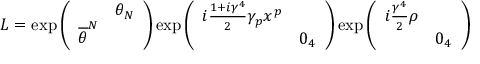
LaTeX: L = \exp \left( \begin{array} { c c } { { } } & { { \theta _ { N } } } \\ { { \overline { { { \theta } } } ^ { N } } } & { { } } \end{array} \right) \exp \left( \begin{array} { c c } { { i \frac { 1 + i \gamma ^ { 4 } } { 2 } \gamma _ { p } x ^ { p } } } & { { } } \\ { { } } & { { 0 _ { 4 } } } \end{array} \right) \exp \left( \begin{array} { c c } { { i \frac { \gamma ^ { 4 } } { 2 } \rho } } & { { } } \\ { { } } & { { 0 _ { 4 } } } \end{array} \right)